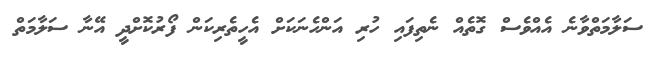
ސަލާމަތްވާނެ އެއްވެސް ގޮތެއް ނެތިފައި ހުރި އަންހެނަކަށް އެހީތެރިކަން ފޯރުކޮށްދީ އޭނާ ސަލާމަތް